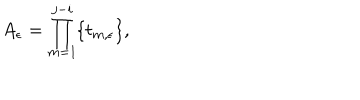
LaTeX: A _ { \epsilon } = \prod _ { m = 1 } ^ { j - i } \{ t _ { m , \epsilon } \} ,